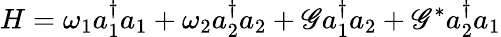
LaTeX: H=\omega_{1}a_{1}^{\dagger}a_{1}+\omega_{2}a_{2}^{\dagger}a_{2}+\mathscr{G}a_{1}^{\dagger}a_{2}+\mathscr{G}^{*}a_{2}^{\dagger}a_{1}